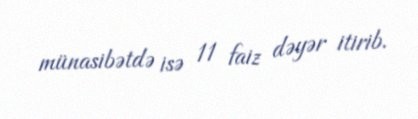
münasibətdə isə 11 faiz dəyər itirib.